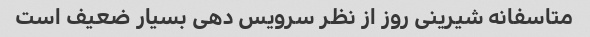
متاسفانه شیرینی روز از نظر سرویس دهی بسیار ضعیف است